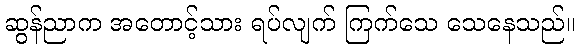
ဆွန်ညာက အတောင့်သား ရပ်လျက် ကြက်သေ သေနေသည်။